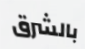
بالشرق